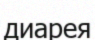
диарея